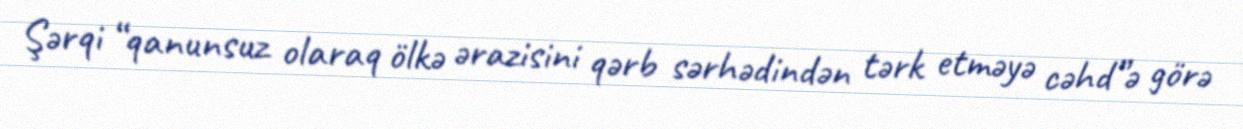
Şərqi “qanunsuz olaraq ölkə ərazisini qərb sərhədindən tərk etməyə cəhd”ə görə